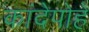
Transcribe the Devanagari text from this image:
कांदेपोहे